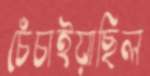
চেঁচাইয়াছিল